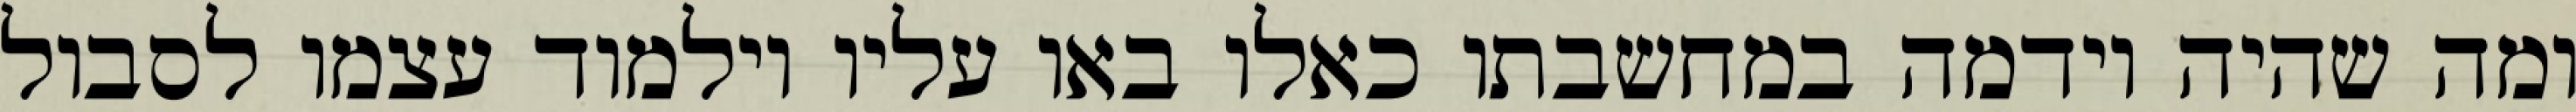
ומה שהיה וידמה במחשבתו כאלו באו עליו וילמוד עצמו לסבול